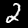
Label: 2